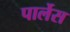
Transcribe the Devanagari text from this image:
पार्लेस